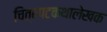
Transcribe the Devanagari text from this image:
चित्रपटकथालेखक